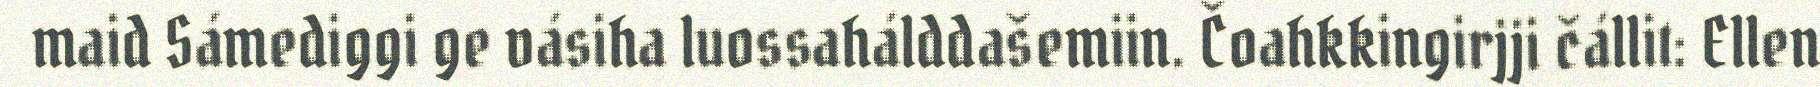
maid Sámediggi ge vásiha luossahálddašemiin. Čoahkkingirjji čállit: Ellen